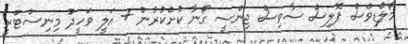
މޯލްޑިވްސް ޕޮލިސް ސާވިސް ޖިންސީ ގޯނާ ކުށްކުރުން + އަލީ ވަހީދު މިނިސްޓްރީ